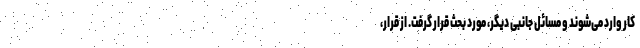
کار وارد می‌شوند و مسائل جانبی دیگر، مورد بحث قرار گرفت. از قرار،